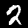
Digit: 2